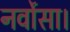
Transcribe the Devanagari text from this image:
नर्वोसा।